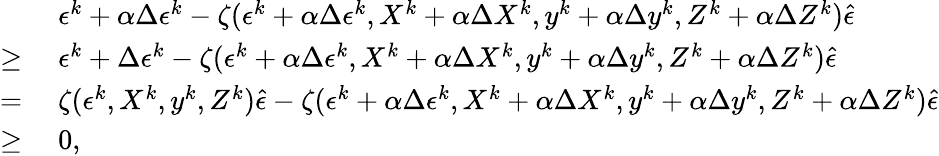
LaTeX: \begin{array}{rl}&{\; \epsilon^{k}+\alpha\Delta\epsilon^{k}-\zeta(\epsilon^{k}+\alpha\Delta\epsilon^{k},X^{k}+\alpha\Delta X^{k},y^{k}+\alpha\Delta y^{k},Z^{k}+\alpha\Delta Z^{k})\hat{\epsilon}}\\ {\geq}&{\; \epsilon^{k}+\Delta\epsilon^{k}-\zeta(\epsilon^{k}+\alpha\Delta\epsilon^{k},X^{k}+\alpha\Delta X^{k},y^{k}+\alpha\Delta y^{k},Z^{k}+\alpha\Delta Z^{k})\hat{\epsilon}}\\ {=}&{\; \zeta(\epsilon^{k},X^{k},y^{k},Z^{k})\hat{\epsilon}-\zeta(\epsilon^{k}+\alpha\Delta\epsilon^{k},X^{k}+\alpha\Delta X^{k},y^{k}+\alpha\Delta y^{k},Z^{k}+\alpha\Delta Z^{k})\hat{\epsilon}}\\ {\geq}&{\; 0,}\end{array}